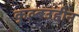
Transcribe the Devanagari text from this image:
कुल्बउद्दीन